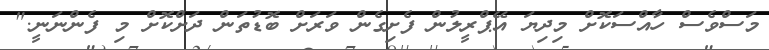
މަސްވެސް ހާއްސަކޮށް މިދިޔަ އޭޕްރީލުން ފެށިގެން ވަރަށް ބޮޑުތަން ދަށްކޮށް މި ފެންނަނީ."